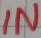
Text: IN